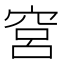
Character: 𬔉